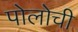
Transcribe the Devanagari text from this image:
पोलोची